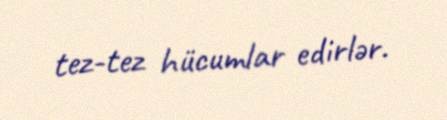
tez-tez hücumlar edirlər.